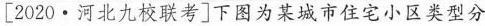
[2020·河北九校联考]下图为某城市住宅小区类型分